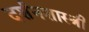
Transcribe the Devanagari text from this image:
दर्शनशास्‍त्री